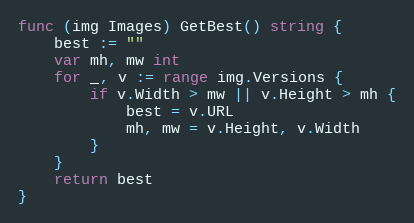
Language: Go
func (img Images) GetBest() string {
	best := ""
	var mh, mw int
	for _, v := range img.Versions {
		if v.Width > mw || v.Height > mh {
			best = v.URL
			mh, mw = v.Height, v.Width
		}
	}
	return best
}